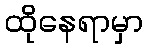
ထိုနေရာမှာ